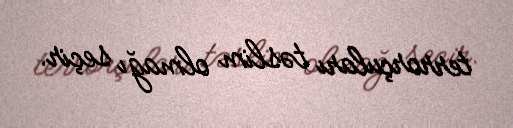
terrorçuları təslim olmağı seçir.